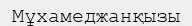
Мұхамеджанқызы